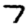
Digit: 7